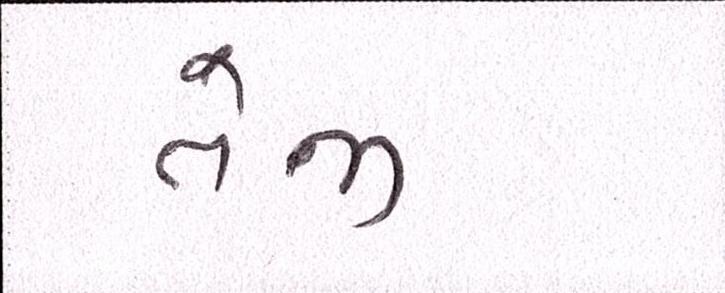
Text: તેજી